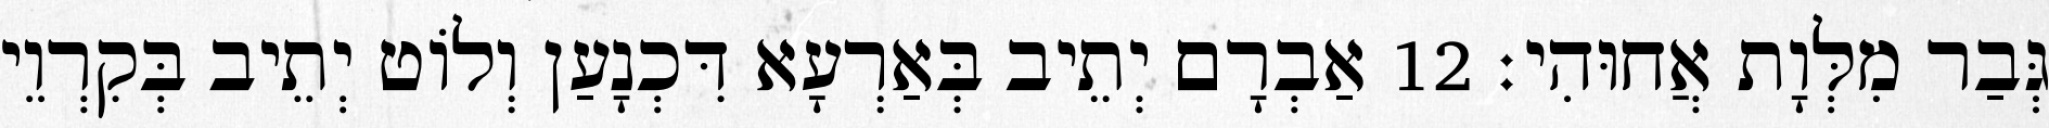
גְּבַר מִלְּוָת אֲחוּהִי׃ 12 אַבְרָם יְתֵיב בְּאַרְעָא דִּכְנָעַן וְלוֹט יְתֵיב בְּקִרְוֵי